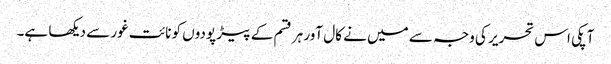
آپکی اس تحریر کی وجہ سے میں نے کال آور ہر قسم کے پیڑ پودوں کو نائت غور سے دیکھا ہے۔